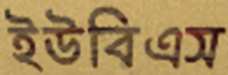
ইউবিএস